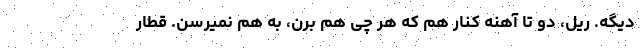
دیگه. ریل، دو تا آهنه کنار هم که هر چی هم برن، به هم نمیرسن. قطار